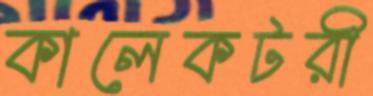
কালেকটরী